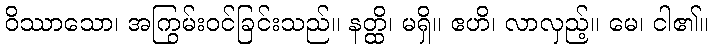
ဝိဿာသော၊ အကြွမ်းဝင်ခြင်းသည်။ နတ္ထိ၊ မရှိ။ ဧဟိ၊ လာလှည့်။ မေ၊ ငါ၏။